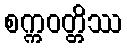
စက္ကဝတ္တိဿ